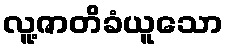
လူ့ဇာတိခံယူသော